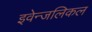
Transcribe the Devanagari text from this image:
इवेन्जलिकल